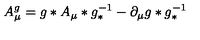
A _ { \mu } ^ { g } = g \ast A _ { \mu } \ast g _ { \ast } ^ { - 1 } - \partial _ { \mu } g \ast g _ { \ast } ^ { - 1 }